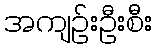
အကျဉ်းဦးစီး